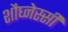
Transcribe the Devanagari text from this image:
शौघ्नेस्सी